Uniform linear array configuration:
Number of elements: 48
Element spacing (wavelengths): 0.5
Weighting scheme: hann
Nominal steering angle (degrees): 45
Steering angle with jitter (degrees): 44.015
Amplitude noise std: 0.05
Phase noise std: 0.05

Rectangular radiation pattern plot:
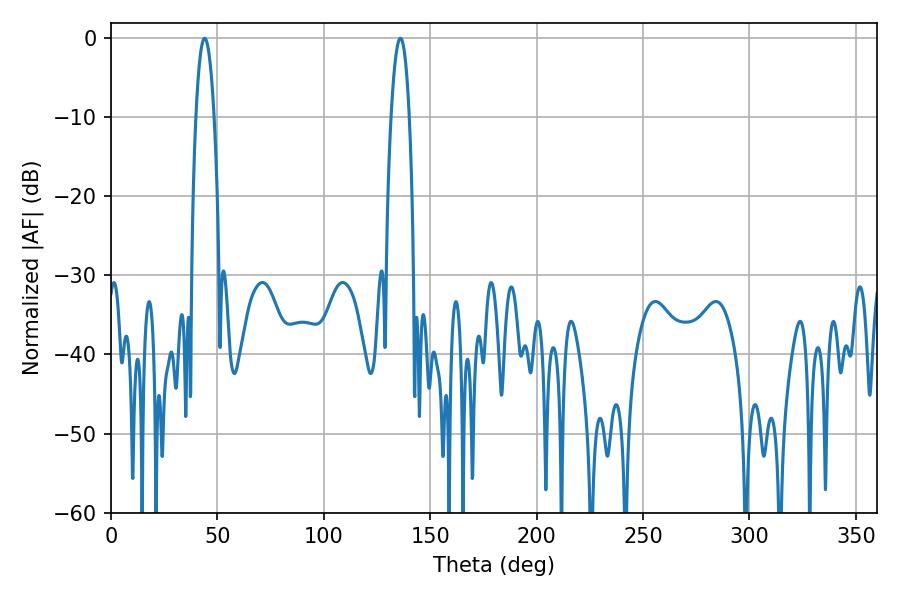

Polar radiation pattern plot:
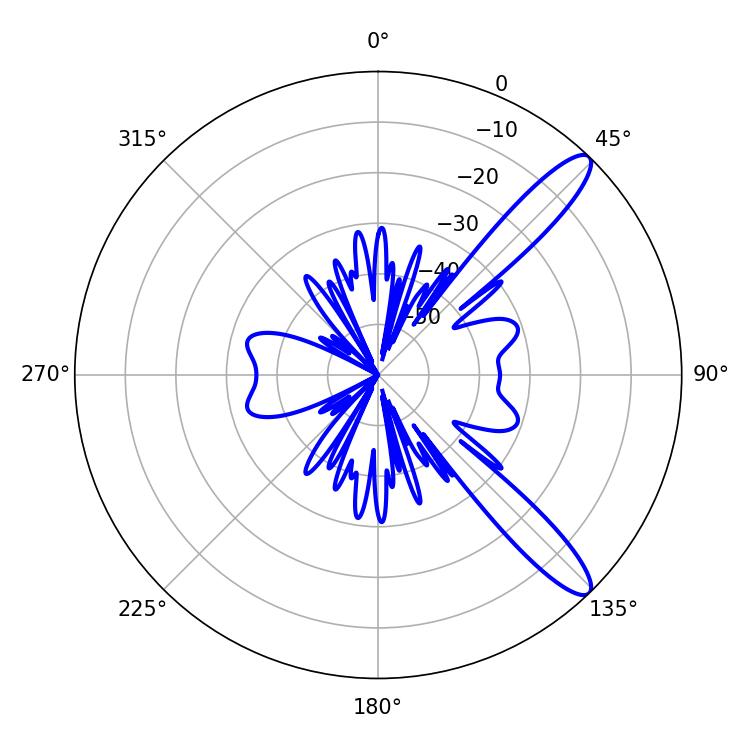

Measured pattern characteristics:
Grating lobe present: FALSE
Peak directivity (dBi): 12.059
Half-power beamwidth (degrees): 4.68
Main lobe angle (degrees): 43.92